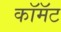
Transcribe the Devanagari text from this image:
कॉमॅट